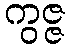
ကွဇ္ဇ